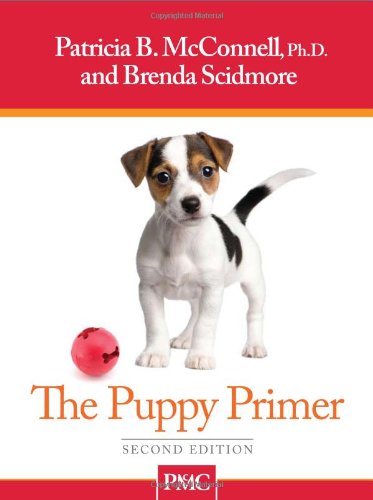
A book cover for The Puppy Primer; Patricia B. McConnell; Crafts, Hobbies & Home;